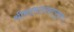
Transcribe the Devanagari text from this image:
श्रीमदभागवतपुराण